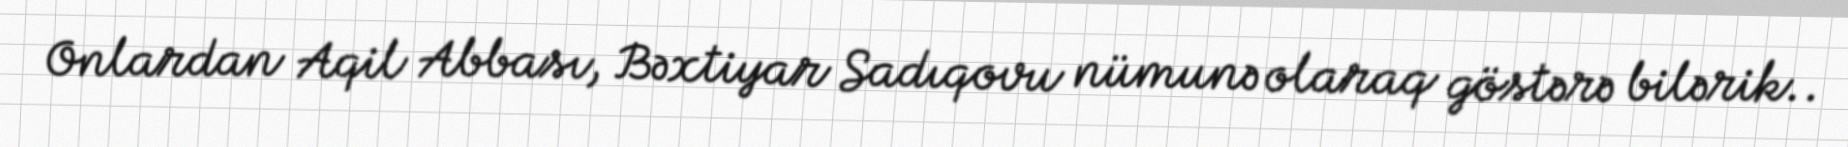
Onlardan Aqil Abbası, Bəxtiyar Sadıqovu nümunə olaraq göstərə bilərik..